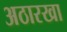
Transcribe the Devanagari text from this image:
अठारखा